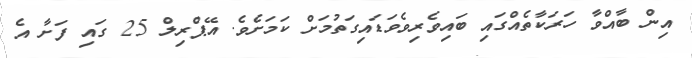
އިން ބާއްވާ ހަރަކާތެއްގައި ބައިވެރިވެވަޑައިގަތުމަށް ކަމަށެވެ. އޭޕްރިލް 25 ގައި ފަށާ އެ